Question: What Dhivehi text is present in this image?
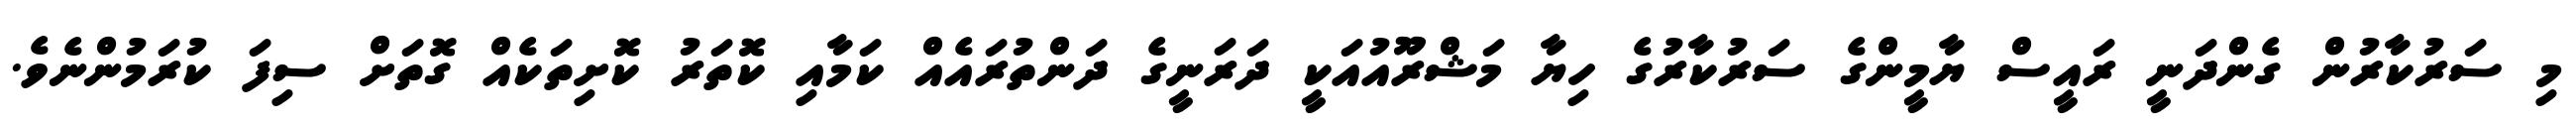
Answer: މި ސަރުކާރުން ގެންދަނީ ރައީސް ޔާމީންގެ ސަރުކާރުގެ ހިޔާ މަޝްރޫއުއަކީ ދަރަނީގެ ދަންތުރައެއް ކަމާއި ކޮތަރު ކޮށިތަކެއް ގޮތަށް ސިފަ ކުރަމުންނެވެ.